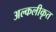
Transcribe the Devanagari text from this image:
अल्कलीकृत